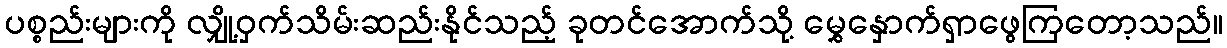
ပစ္စည်းများကို လျှို့ဝှက်သိမ်းဆည်းနိုင်သည့် ခုတင်အောက်သို့ မွှေနှောက်ရှာဖွေကြတော့သည်။